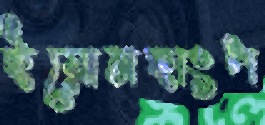
ইয়োনহাংপ